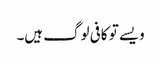
ویسے تو کافی لوگ ہیں۔